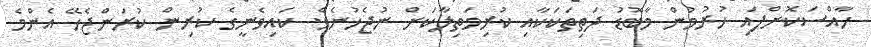
ހާއްސަކޮށްފައި ހުރުމުން މާބޮޑު ދަތިތަކަކާއި ކުރިމަތިލާކަށް ނުޖެހުނެވެ. ކައިވެނީގެ ކުރިން ކުރަންޖެހޭ އެންމެ